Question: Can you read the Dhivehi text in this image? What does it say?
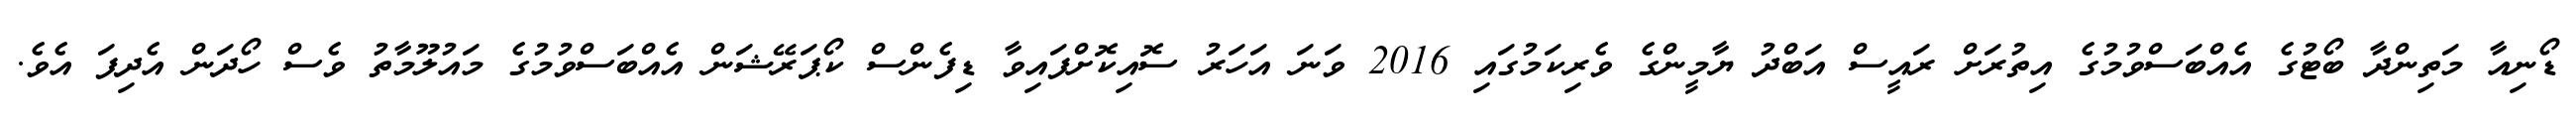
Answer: ޑޯނިއާ މަތިންދާ ބޯޓުގެ އެއްބަސްވުމުގެ އިތުރަށް ރައީސް އަބްދު ޔާމީންގެ ވެރިކަމުގައި 2016 ވަނަ އަހަރު ސޮއިކޮށްފައިވާ ޑިފެންސް ކޯޕަރޭޝަން އެއްބަސްވުމުގެ މައުލޫމާތު ވެސް ހޯދަން އެދިފަ އެވެ.